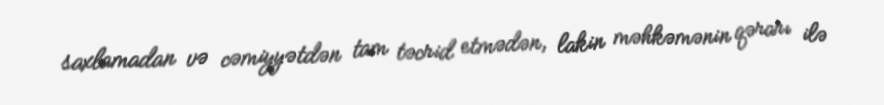
saxlamadan və cəmiyyətdən tam təcrid etmədən, lakin məhkəmənin qərarı ilə